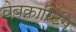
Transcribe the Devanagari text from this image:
वेबकास्टिंग